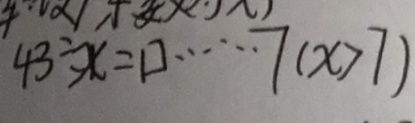
4 3 \div x = \square \cdots 7 ( x > 7 )